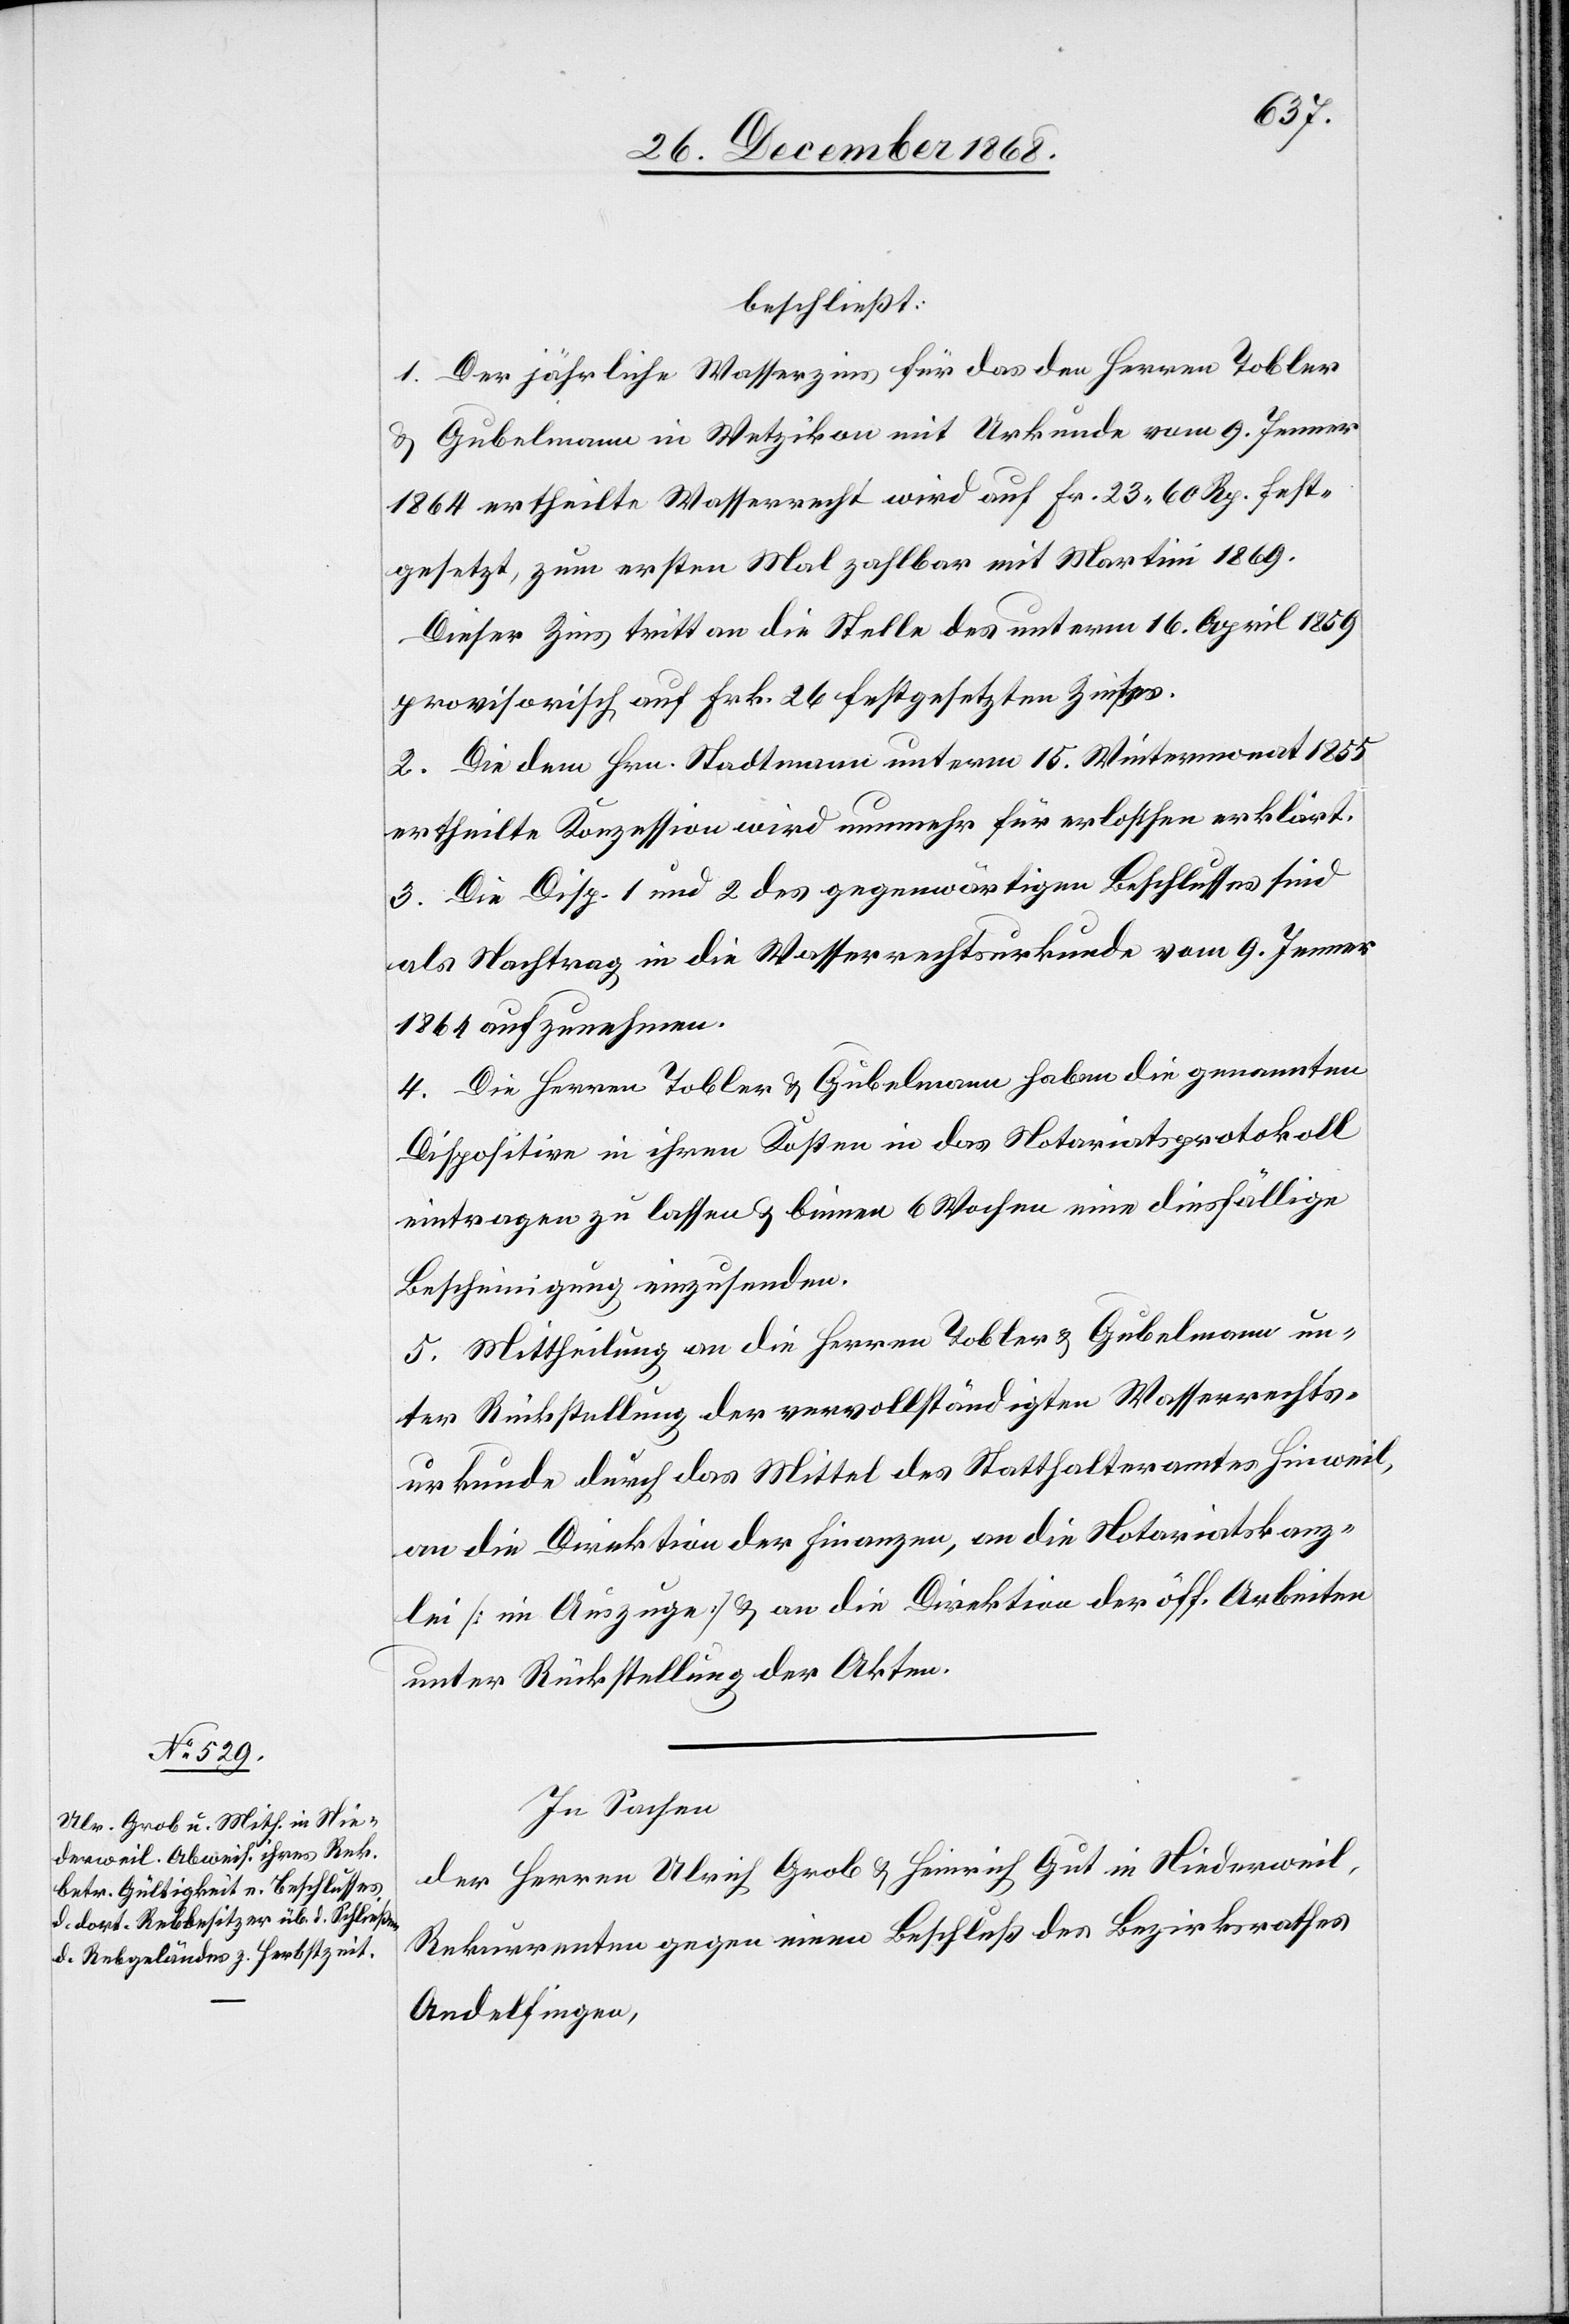
beschließt:
1. Der jährliche Wasserzins für das den Herren Tobler
& Gubelmann in Wetzikon mit Urkunde vom 9. Jenner
1864 ertheilte Wasserrecht wird auf Fr. 23 60 Rp. fest¬
gesetzt, zum ersten Mal zahlbar mit Martini 1869.
Dieser Zins tritt an die Stelle des unterm 16. April 1859
provisorisch auf Frk. 26 festgesetzten Zinses.
2. Die dem Hrn. Stadtmann unterm 15. Wintermonat 1855
ertheilte Konzession wird nunmehr für erloschen erklärt.
3. Die Disp. 1 und 2 des gegenwärtigen Beschlusses sind
als Nachtrag in die Wasserrechtsurkunde vom 9. Jenner
1864 aufzunehmen.
4. Die Herren Tobler & Gubelmann haben die genannten
Dispositive in ihren Kosten in das Notariatsprotokoll
eintragen zu lassen & binnen 6 Wochen eine diesfällige
Bescheinigung einzusenden.
5. Mittheilung an die Herren Tobler & Gubelmann un¬
ter Rückstellung der vervollständigten Wasserrechts¬
urkunde durch das Mittel des Statthalteramtes Hinweil,
an die Direktion der Finanzen, an die Notariatskanz¬
lei [im Auszuge] & an die Direktion der öff. Arbeiten
unter Rückstellung der Akten.
In Sachen
der Herren Ulrich Grob & Heinrich Gut in Niederweil,
Rekurrenten gegen einen Beschluß des Bezirksrathes
Andelfingen,